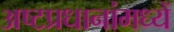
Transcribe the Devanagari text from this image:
अष्टप्रधानांमध्यें